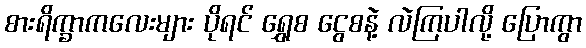
စားရိက္ခာကလေးများ ပိုရင် ရွှေစ ငွေစနဲ့ လဲကြပါလို့ ပြောကွာ